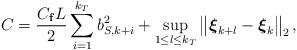
LaTeX: \begin{align*}C = \frac{C_{\mathbf{f}} L}{2} \sum_{i=1}^{k_T} b_{S,k+i}^2+ \underset{1\le l\le k_T}{\sup}\left\|\boldsymbol{\xi}_{k+l} - \boldsymbol{\xi}_{k}\right\|_2,\end{align*}